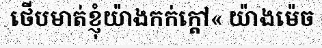
ថើបមាត់ខ្ញុំយ៉ាងកក់ក្តៅ« យ៉ាងម៉េច